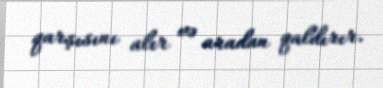
qarşısını alır və aradan qaldırır.